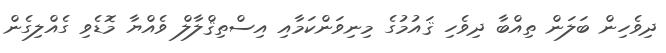
ދިވެހިން ބަލަން ތިއްބާ ދިވެހި ޤައުމުގެ މިނިވަންކަމާއި އިސްތިޤްލާލް ވެއްޔާ މޮޑެވި ގެއްލިގެން